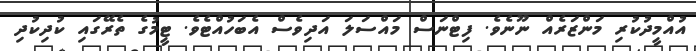
އުއްމީދުކުރި މަންޒަރެއް ނޫނެވެ. ފިޓްނަސް މައްސަލަ އަދިވެސް އެބަހުއްޓެވެ. ޓީމުގެ ތެރޭގައި ކުދިކުދި